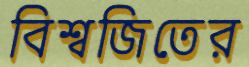
বিশ্বজিতের